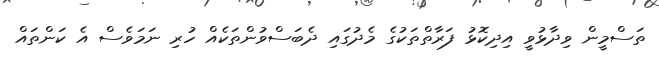
ތަސްމީން ވިދާޅުވީ އިދިކޮޅު ފަރާތްތަކުގެ މެދުގައި ދެބަސްވުންތަކެއް ހުރި ނަމަވެސް އެ ކަންތައް